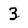
Character: 3